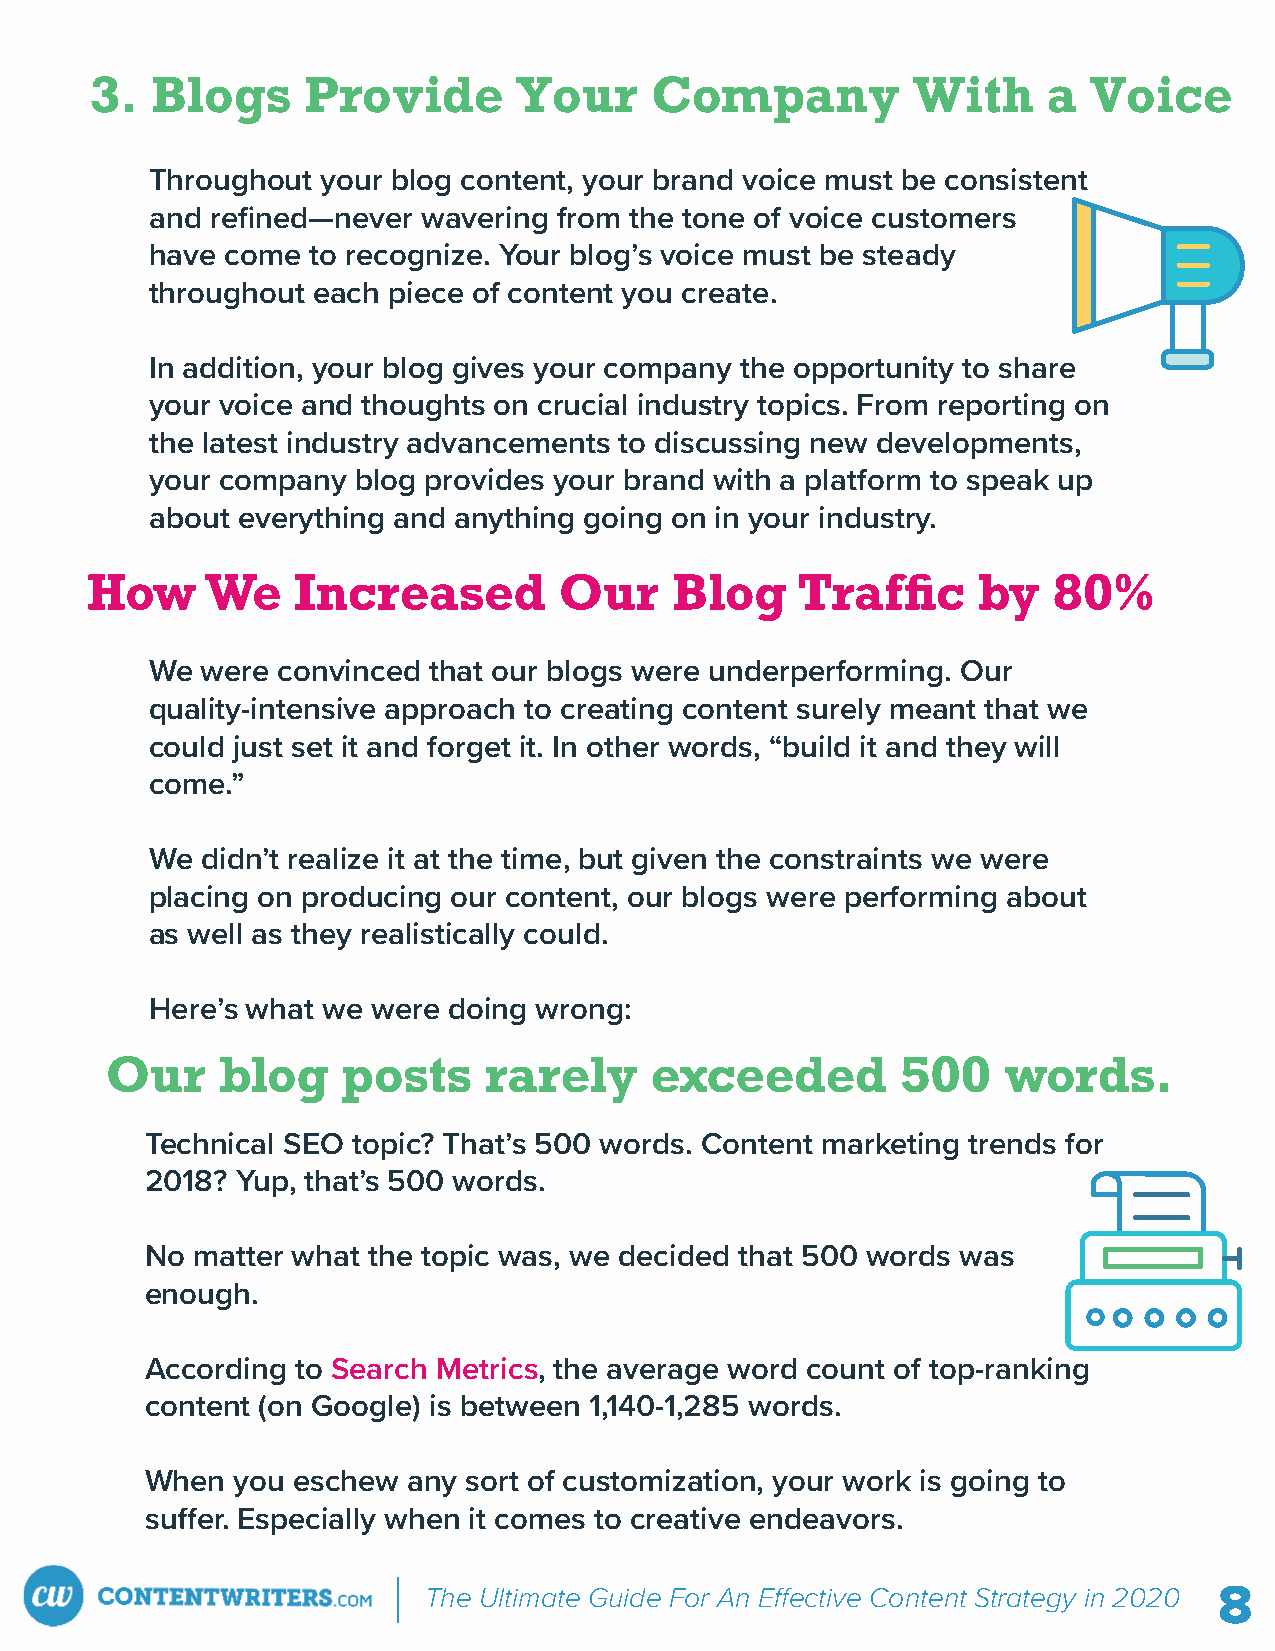
3.  Blogs     Provide       Your     Company          With     a  Voice
 Throughout your blog content, your brand voice must be consistent
 and refined—never wavering from the tone of voice customers
 have come  to recognize. Your blog’s voice must be steady
 throughout each piece of content you create.
 In addition, your blog gives your company the opportunity to share
 your voice and thoughts on crucial industry topics. From reporting on
 the latest industry advancements to discussing new developments,
 your company  blog provides your brand with a platform to speak up
 about everything and anything going on in your industry.
 We were convinced that our blogs were underperforming. Our
 quality-intensive approach to creating content surely meant that we
 could just set it and forget it. In other words, “build it and they will
 come.”
 We didn’t realize it at the time, but given the constraints we were
 placing on producing our content, our blogs were performing about
 as well as they realistically could.
 Here’s what we were doing wrong:
 Technical SEO topic? That’s 500 words. Content marketing trends for
 2018? Yup, that’s 500 words.
 No matter what the topic was, we decided that 500 words was
 enough.
 https://www.searchmetrics.com/knowledge-base/ranking-factors/?utm_medium=Aliate&utm_source=Comission-Junction&utm_campaign=Aliate&utm_content=Kampagne&cjevent=f42bed2da74911ea828802a50a240610
 According to Search Metrics, the average word count of top-ranking
 content (on Google) is between 1,140-1,285 words.
 When  you eschew any sort of customization, your work is going to
 su er. Especially when it comes to creative endeavors.
 The Ultimate Guide For An E ective Content Strategy in 2020 8